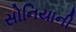
સોનિયાની